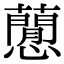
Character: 𧂡